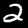
Digit: 2